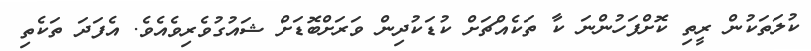
ކުލަތަކުން ރީތި ކޮށްފަހުންނަ ކާ ތަކެއްޗަށް ކުޑަކުދިން ވަރަށްބޮޑަށް ޝައުގުވެރިވެއެވެ. އެފަދަ ތަކެތި